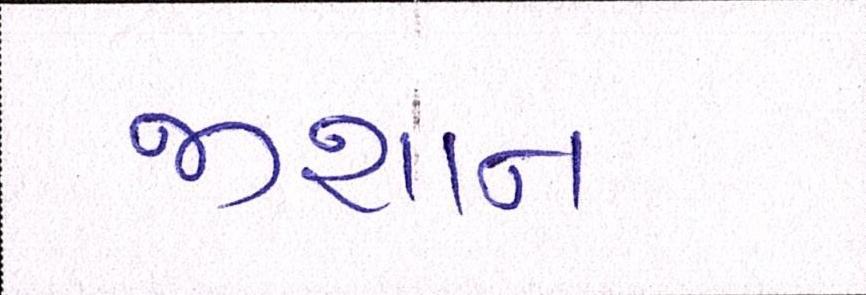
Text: જીશાન